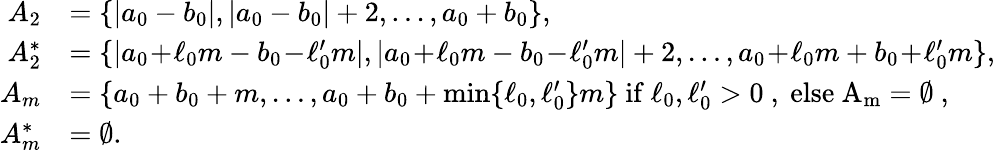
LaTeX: \begin{array}{rl}{A_{2}}&{=\{ |a_{0}-b_{0}|,|a_{0}-b_{0}|+2,\dots,a_{0}+b_{0}\} ,}\\ {A_{2}^{*}}&{=\{ |a_{0}\! +\! \ell_{0}m-b_{0}\! -\! \ell_{0}^{\prime}m|,|a_{0}\! +\! \ell_{0}m-b_{0}\! -\! \ell_{0}^{\prime}m|+2,\dots,a_{0}\! +\! \ell_{0}m+b_{0}\! +\! \ell_{0}^{\prime}m\} ,}\\ {A_{m}}&{=\{ a_{0}+b_{0}+m,\dots,a_{0}+b_{0}+\operatorname*{min}\{ \ell_{0},\ell_{0}^{\prime}\} m\} \mathrm{~if~\ell_0,\ell'_0>0~,~else~A_m=\emptyset~},}\\ {A_{m}^{*}}&{=\emptyset.}\end{array}